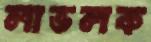
লাভলক